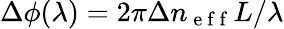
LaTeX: \Delta\phi(\lambda)=2\pi\Delta n_{\mathrm{~e~f~f~}}L/\lambda